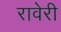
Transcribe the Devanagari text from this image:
रावेरी